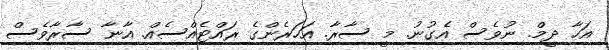
އަހާ ދީމް. ނުވެސް އެގުނު. މީ ސާރާ. އަހަރެންގެ ރައްޓެއްސެއް. އާނާ ސާރާވެސް